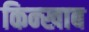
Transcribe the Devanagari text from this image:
किन्खाब